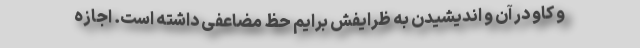
و کاو در آن و اندیشیدن به ظرایفش برایم حظ مضاعفی داشته است. اجازه